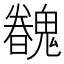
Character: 𩴏